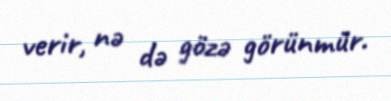
verir, nə də gözə görünmür.